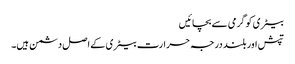
بیٹری کو گرمی سے بچائیں
تپش اور بلند درجہ حرارت بیٹری کے اصل دشمن ہیں۔